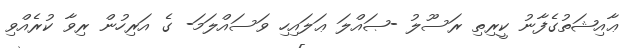
ޢާއިޝަތުގެފާނު ކީރިތި ރަސޫލު -ޞައްލަ ޢަލައިހި ވަސައްލަމަ- ގެ އަރިހުން ރިވާ ކުރެއްވި